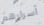
أسرارهم